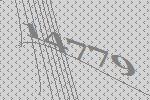
14779